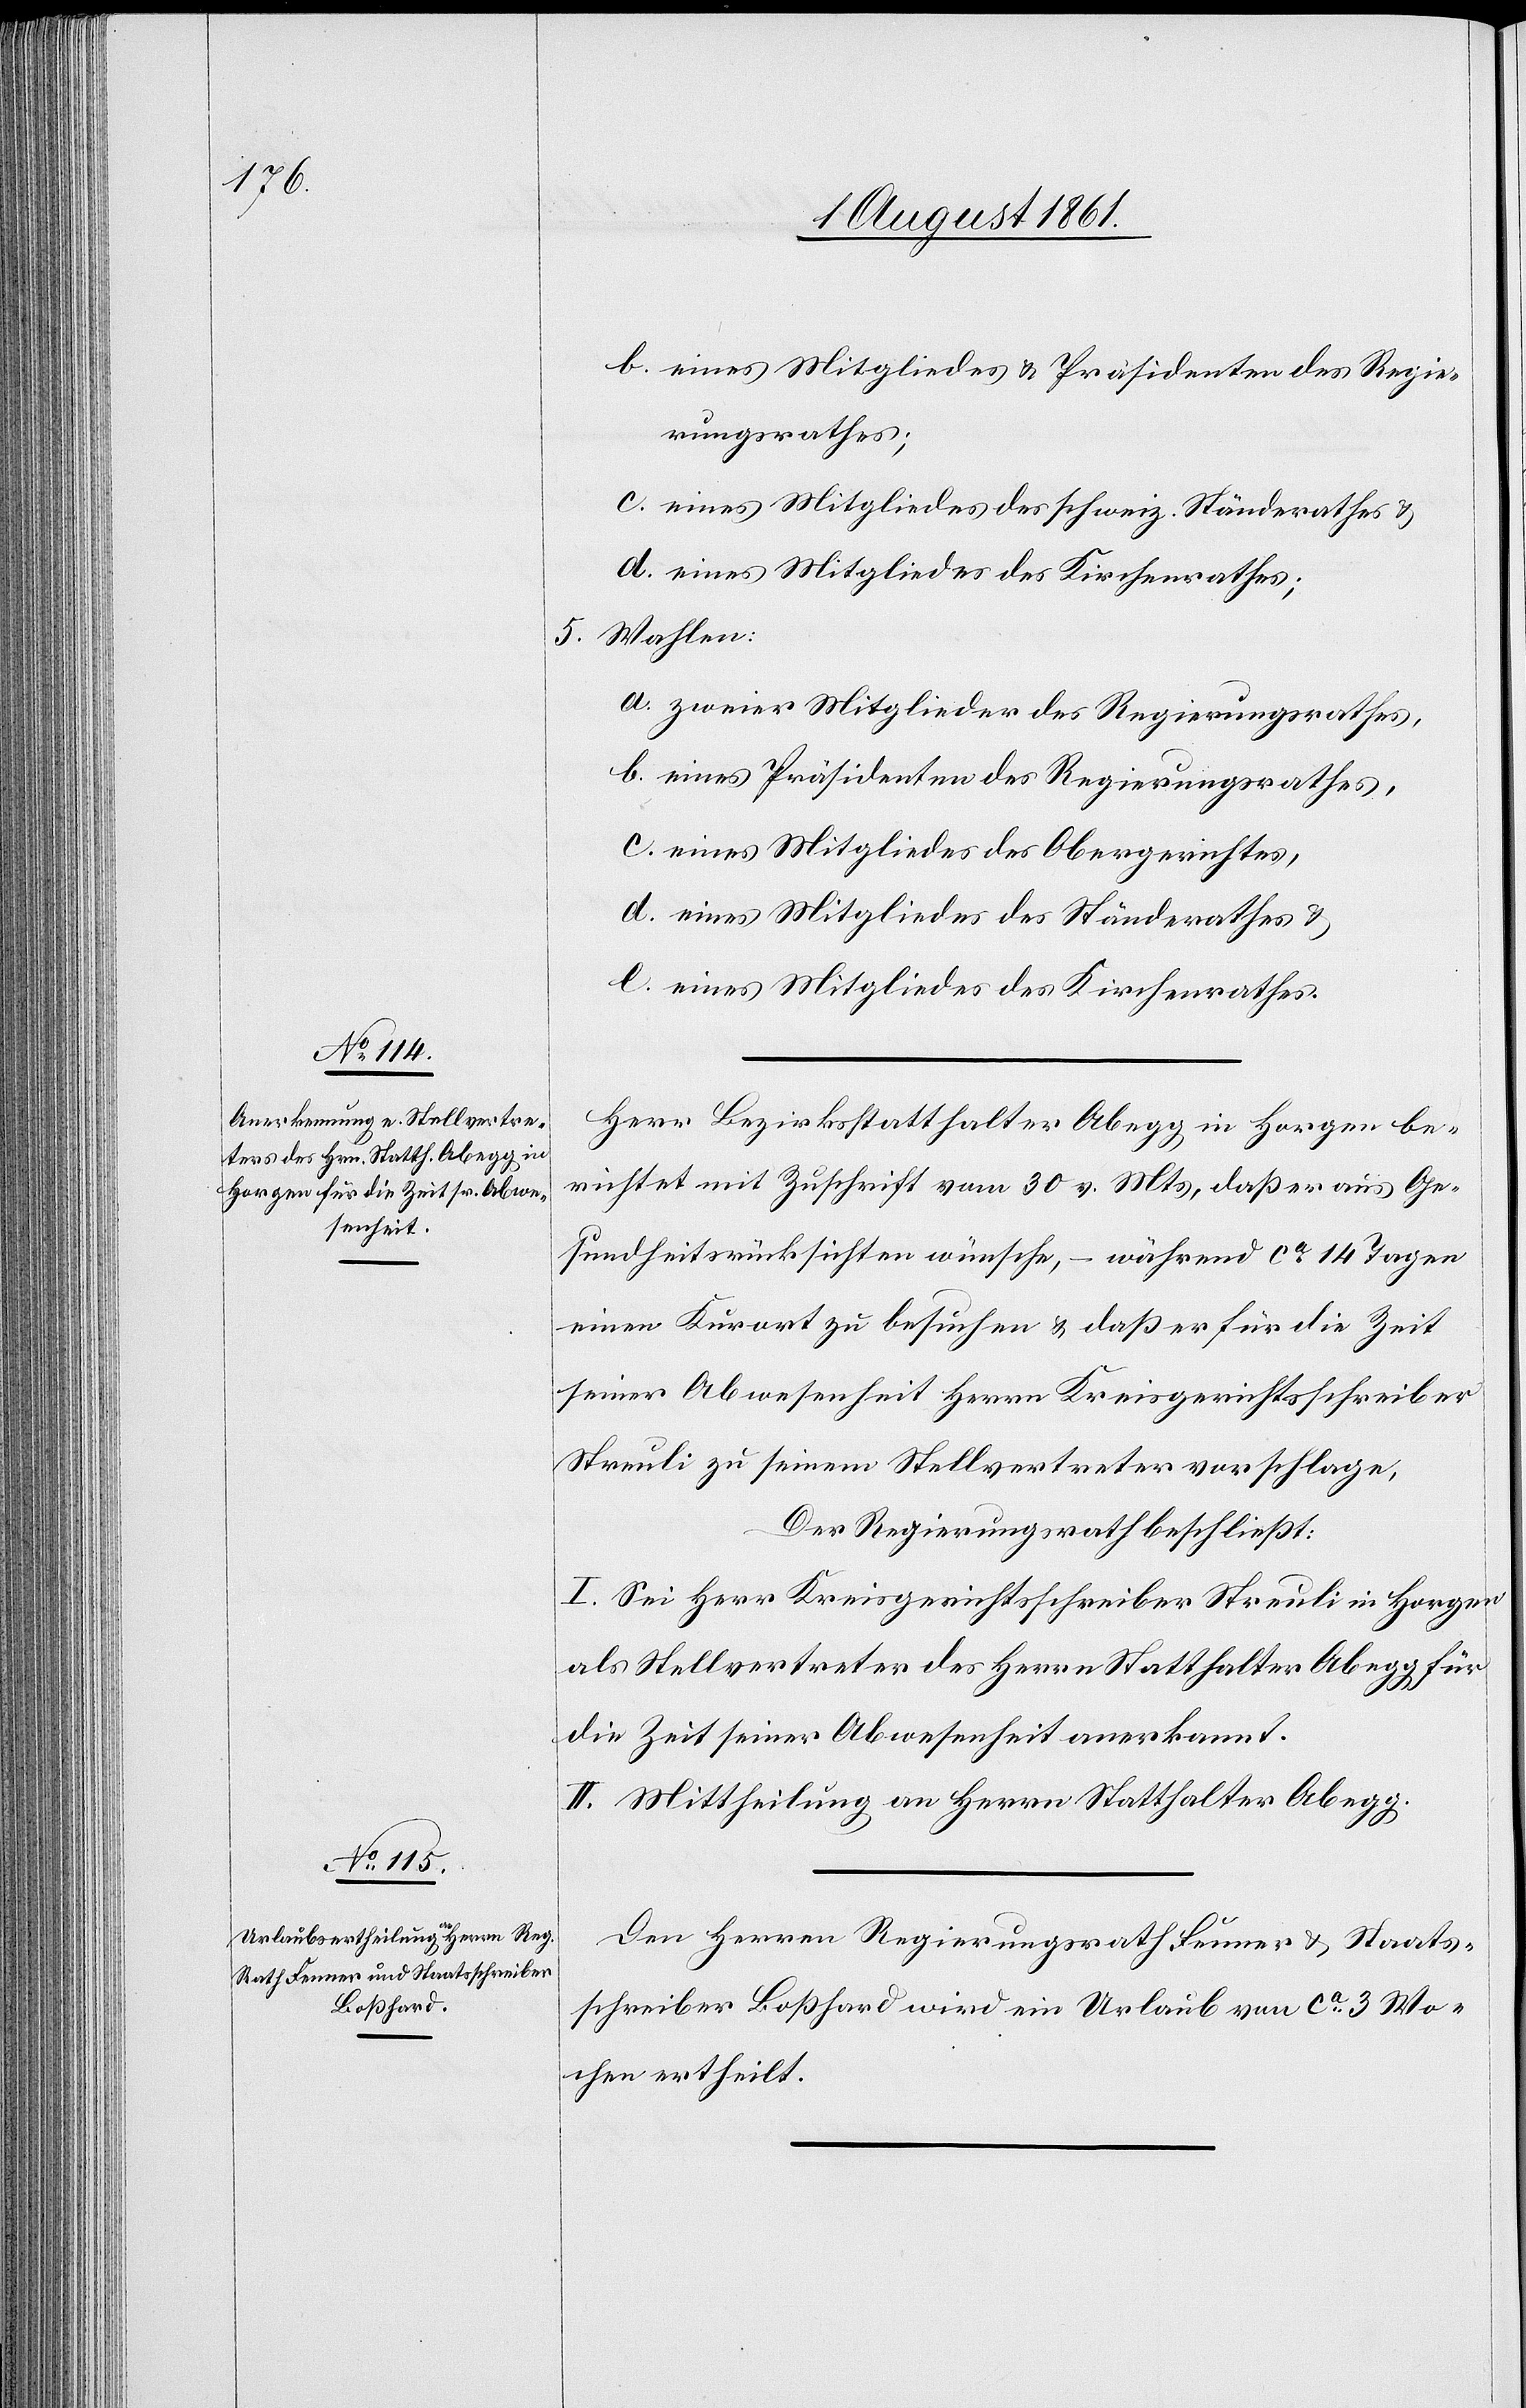
5.

b. eines Mitgliedes u. Präsidenten des Regie¬
rungsrathes;
c. eines Mitgliedes der schweiz. Ständerathes u.
Wahlen:
a. zweier Mitglieder des Regierungsrathes,
b. eines Präsidenten des Regierungsrathes,
c. eines Mitgliedes des Obergerichtes,
d. eines Mitgliedes des Ständerathes u.
e. eines Mitgliedes des Kirchenrathes.
Herr Bezirksstatthalter Abegg in Horgen be¬
richtet mit Zuschrift vom 30 v. Mts., daß er aus Ge¬
sundheitsrücksichten wünsche, – während ca 14 Tagen
einen Kurort zu besuchen u. daß er für die Zeit
seiner Abwesenheit Herrn Kreisgerichtsschreiber
Streuli zu seinem Stellvertreter vorschlage,
Der Regierungsrath beschließt:
I. Sei Herr Kreisgerichtsschreiber Streuli in Horgen
als Stellvertreter des Herrn Statthalter Abegg für
die Zeit seiner Abwesenheit anerkannt.
II. Mittheilung an Herrn Statthalter Abegg.
Den Herrn Regierungsrath Fenner u. Staats¬
schreiber Boßhard wird ein Urlaub von ca 3 Wo¬
chen ertheilt.